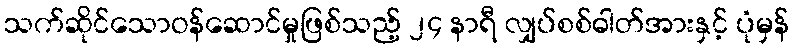
သက်ဆိုင်သောဝန်ဆောင်မှုဖြစ်သည့် ၂၄ နာရီ လျှပ်စစ်ဓါတ်အားနှင့် ပုံမှန်